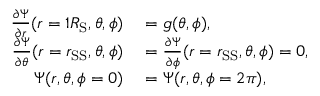
\begin{array} { r l } { \frac { \partial \Psi } { \partial r } ( r = 1 R _ { \mathrm { S } } , \theta , \phi ) } & { { } = g ( \theta , \phi ) , } \\ { \frac { \partial \Psi } { \partial \theta } ( r = r _ { \mathrm { S S } } , \theta , \phi ) } & { { } = \frac { \partial \Psi } { \partial \phi } ( r = r _ { \mathrm { S S } } , \theta , \phi ) = 0 , } \\ { \Psi ( r , \theta , \phi = 0 ) } & { { } = \Psi ( r , \theta , \phi = 2 \pi ) , } \end{array}